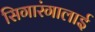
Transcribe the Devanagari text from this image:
सिगारंगालाई